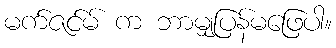
မက်ဇင်မ် က ဘာမျှပြန်မဖြေပါ။